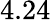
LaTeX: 4.24